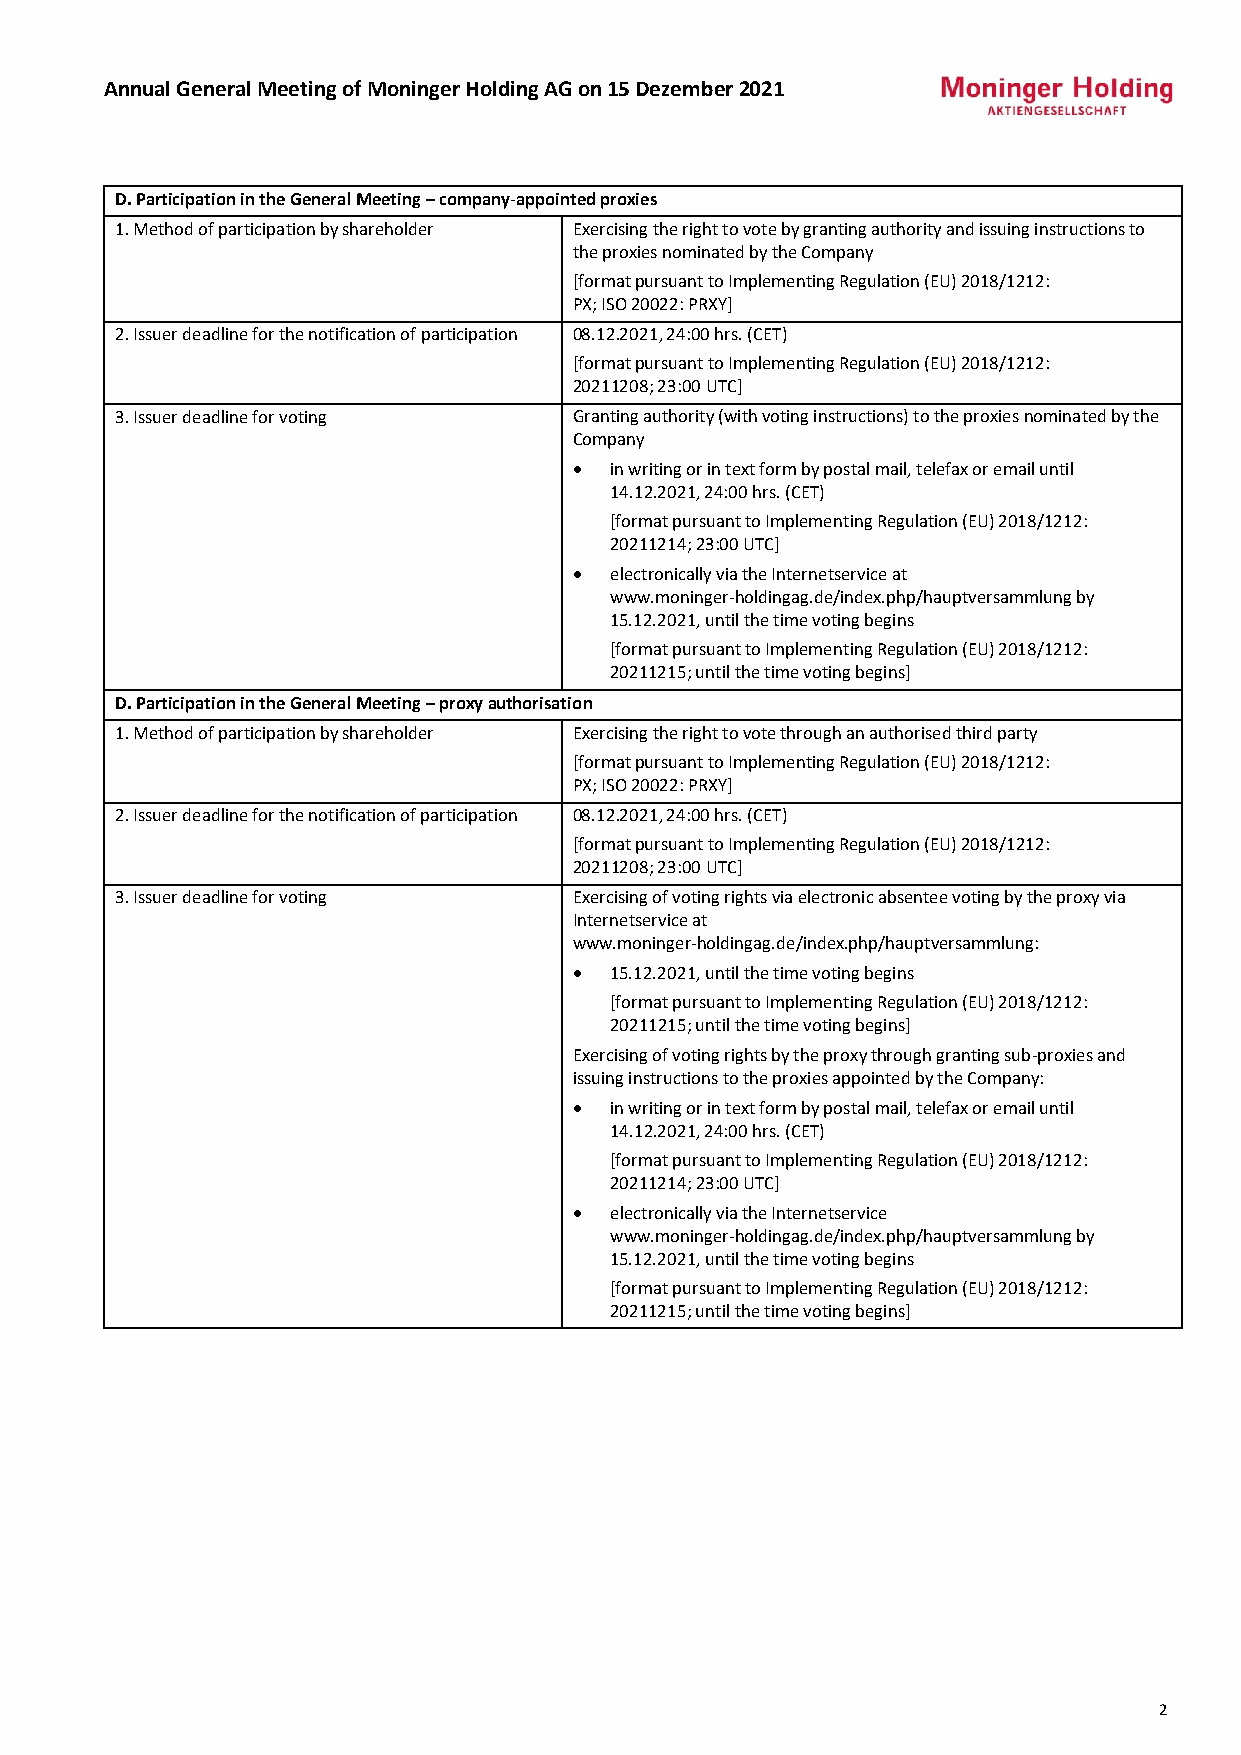
Annual General Meeting of Moninger Holding AG on 15 Dezember 2021
 D. Participation in the General Meeting – company-appointed proxies
 1. Method of participation by shareholder Exercising the right to vote by granting authority and issuing instructions to
 the proxies nominated by the Company
 [format pursuant to Implementing Regulation (EU) 2018/1212:
 PX; ISO 20022: PRXY]
 2. Issuer deadline for the notification of participation 08.12.2021, 24:00 hrs. (CET)
 [format pursuant to Implementing Regulation (EU) 2018/1212:
 20211208; 23:00 UTC]
 3. Issuer deadline for voting Granting authority (with voting instructions) to the proxies nominated by the
 Company
 • in writing or in text form by postal mail, telefax or email until
 14.12.2021, 24:00 hrs. (CET)
 [format pursuant to Implementing Regulation (EU) 2018/1212:
 20211214; 23:00 UTC]
 • electronically via the Internetservice at
 www.moninger-holdingag.de/index.php/hauptversammlung by
 15.12.2021, until the time voting begins
 [format pursuant to Implementing Regulation (EU) 2018/1212:
 20211215; until the time voting begins]
 D. Participation in the General Meeting – proxy authorisation
 1. Method of participation by shareholder Exercising the right to vote through an authorised third party
 [format pursuant to Implementing Regulation (EU) 2018/1212:
 PX; ISO 20022: PRXY]
 2. Issuer deadline for the notification of participation 08.12.2021, 24:00 hrs. (CET)
 [format pursuant to Implementing Regulation (EU) 2018/1212:
 20211208; 23:00 UTC]
 3. Issuer deadline for voting Exercising of voting rights via electronic absentee voting by the proxy via
 Internetservice at
 www.moninger-holdingag.de/index.php/hauptversammlung:
 • 15.12.2021, until the time voting begins
 [format pursuant to Implementing Regulation (EU) 2018/1212:
 20211215; until the time voting begins]
 Exercising of voting rights by the proxy through granting sub-proxies and
 issuing instructions to the proxies appointed by the Company:
 • in writing or in text form by postal mail, telefax or email until
 14.12.2021, 24:00 hrs. (CET)
 [format pursuant to Implementing Regulation (EU) 2018/1212:
 20211214; 23:00 UTC]
 • electronically via the Internetservice
 www.moninger-holdingag.de/index.php/hauptversammlung by
 15.12.2021, until the time voting begins
 [format pursuant to Implementing Regulation (EU) 2018/1212:
 20211215; until the time voting begins]
 2